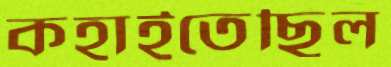
কহাইতেছিল